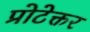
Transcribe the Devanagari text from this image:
प्रोटेक्तर